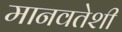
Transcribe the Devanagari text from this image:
मानवतेशी